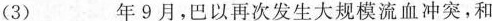
(3)\underline年9月，巴以再次发生大规模流血冲突，和